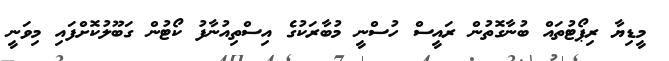
މީޑިޔާ ރިޕޯޓުތައް ބުނާގޮތުން ރައީސް ހުސްނީ މުބާރަކުގެ އިސްތިއުނާފު ކޯޓުން ގަބޫލުކޮށްފައި މިވަނީ